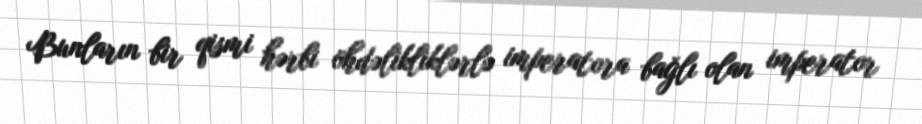
Bunların bir qismi hərbi öhdəlikliklərlə imperatora bağlı olan imperator